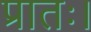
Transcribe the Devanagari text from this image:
प्रातः।